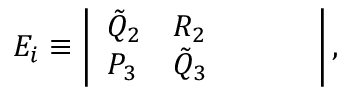
\begin{array} { r } { E _ { i } \equiv \left| \begin{array} { l l l l l } { \Tilde { Q } _ { 2 } } & { R _ { 2 } } & { } & { } & { } \\ { P _ { 3 } } & { \Tilde { Q } _ { 3 } } & { } & { } & { } \end{array} \right| , } \end{array}